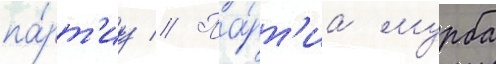
па́рт'иу // Па́рт'иа мурба